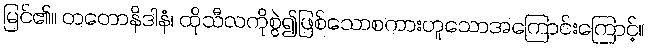
မြင်၏။ တတောနိဒါနံ၊ ထိုသီလကိုစွဲ၍ဖြစ်သောစကားဟူသောအကြောင်းကြောင့်။